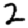
Digit: 2